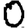
Digit: 0